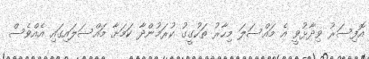
އޮފިސަރު ވިދާޅުވީ އެ މައްސަލަ މިހާރު ތަހުގީގު ކުރަމުންދާ ކަމަށާ މައްސަލައިގައި އެއްވެސް